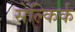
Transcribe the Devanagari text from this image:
सेल्किर्क